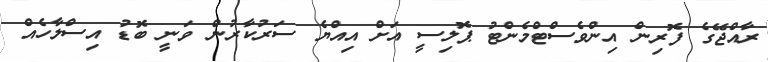
ރާއްޖޭގެ ފޮރިން އިންވެސްޓްމެންޓު ޕޮލިސީ އަށް އިއްޔެ ސަރުކާރުން ވަނީ ބޮޑު އިސްލާހެއް